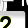
Digit: 2